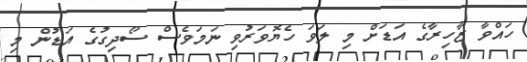
ހައްވާ ޒާހިރާގެ އަޑަށް މި ލަވަ ހެޔޮވަރުވި ނަމަވެސް ސޯދިގުގެ އަޑުން މި